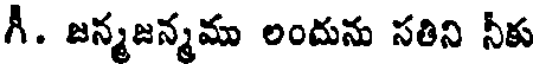
గీ. జన్మజన్మము లందును సతిని నీకు